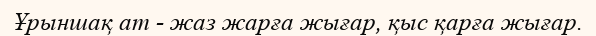
Ұрыншақ ат - жаз жарға жығар, қыс қарға жығар.